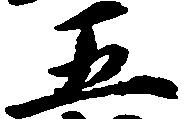
五